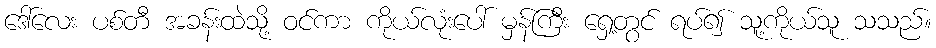
ဒေါ်လေး ပစ်တီ အခန်းထဲသို့ ဝင်ကာ ကိုယ်လုံးပေါ် မှန်ကြီး ရှေ့တွင် ရပ်၍ သူ့ကိုယ်သူ သသည်။